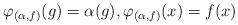
LaTeX: \begin{align*}\varphi_{(\alpha,f)}(g) =\alpha(g),\varphi_{(\alpha,f)}(x) = f(x)\end{align*}